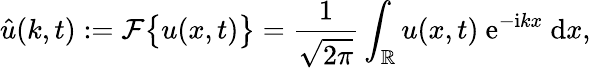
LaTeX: \hat{u}(k,t):=\mathcal{F}\big\{ u(x,t)\big\} =\frac{1}{\sqrt{2\pi}}\int_{\mathbb{R}}u(x,t)\ \mathrm{e}^{-\mathrm{i}kx}\ \mathrm{d}x,